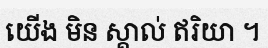
យើង មិន ស្គាល់ ឥរិយា ។